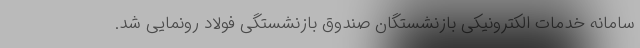
سامانه خدمات الکترونیکی بازنشستگان صندوق بازنشستگی فولاد رونمایی شد.